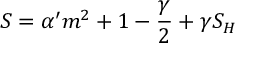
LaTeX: S = \alpha ^ { \prime } { \sl m } ^ { 2 } + 1 - \frac \gamma 2 + \gamma S _ { H }